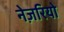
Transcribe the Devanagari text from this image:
नेज़रियो